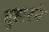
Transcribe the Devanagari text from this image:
बुहारने